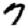
Digit: 7